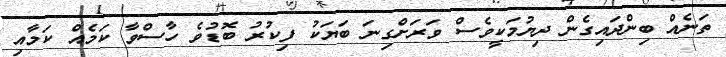
ތަނެއް ބިންދައިގެން ދިޔުމަކީވެސް ވަރަށްގިނަ ބަޔަކު ފިކުރު ބޮޑުވެ ހާސްވާ ކަމެއް ކަމާއި